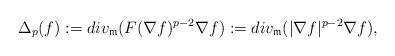
LaTeX: \begin{align*} \Delta_p(f):=div_\mathfrak{m}(F(\nabla f)^{p-2}\nabla f):= div_\mathfrak{m}(|\nabla f|^{p-2}\nabla f), \end{align*}